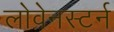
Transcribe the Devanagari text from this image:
लोवेनस्टर्न